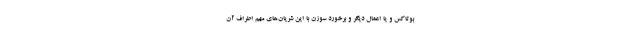
بوتاکس و یا اعمال دیگر و برخورد سوزن با این شریان‌های مهم اطراف آن